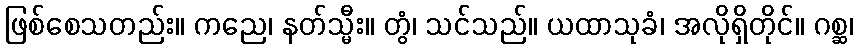
ဖြစ်စေသတည်း။ ကညေ၊ နတ်သ္မီး။ တွံ၊ သင်သည်။ ယထာသုခံ၊ အလိုရှိတိုင်။ ဂစ္ဆ၊